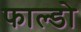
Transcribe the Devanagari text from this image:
फाल्डो